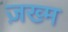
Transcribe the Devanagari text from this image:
ज़ख्‍म